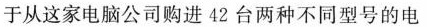
于从这家电脑公司购进42台两种不同型号的电